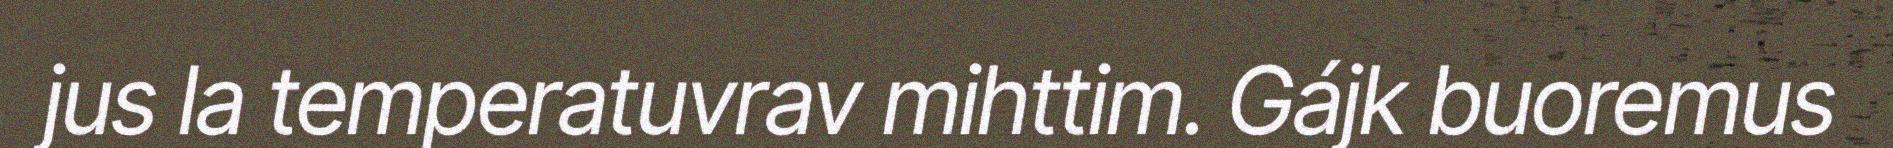
jus la temperatuvrav mihttim. Gájk buoremus